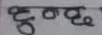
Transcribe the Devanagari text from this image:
दृष्ठत्यू ।